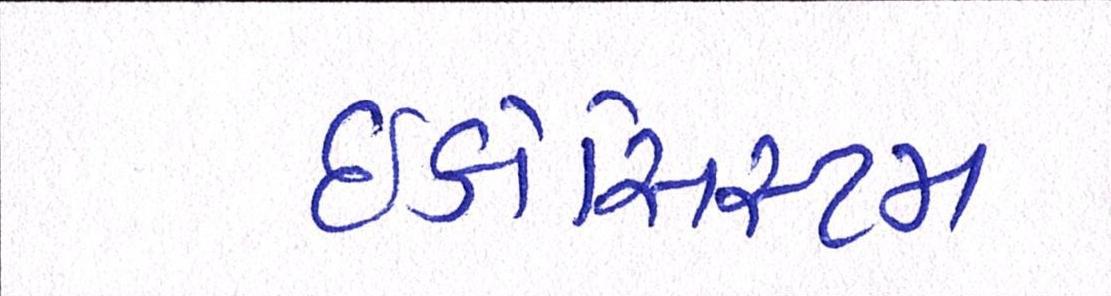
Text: ઇકોસિસ્ટમ